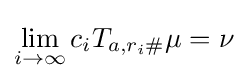
\lim _{i\rightarrow \infty }c_{i}T_{a,r_{i}\#}\mu =\nu